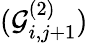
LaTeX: (\mathcal{G}_{i,j+1}^{(2)})